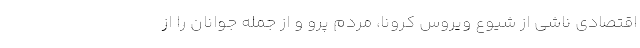
اقتصادی ناشی از شیوع ویروس کرونا، مردم پرو و از جمله جوانان را از